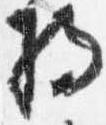
将